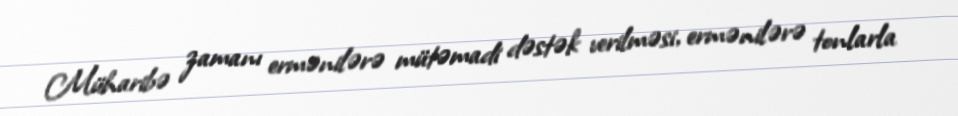
Müharibə zamanı ermənilərə mütəmadi dəstək verilməsi, ermənilərə tonlarla